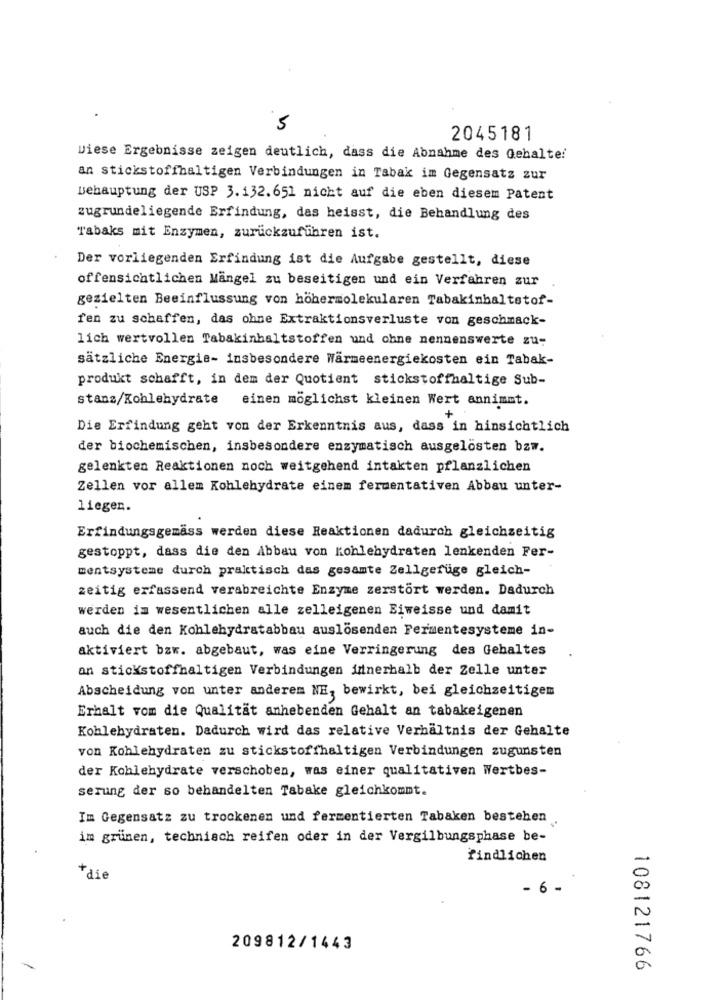
5
2045181
wiese Ergebnisse zeigen deutlich, dass die Abnahme des Gehalte!
an stickstoffhaltigen Verbindungen in Tabak im Gegensatz zur
Behauptung der USP 3.132.651 nicht auf die eben diesem Patent
zugrundeliegende Erfindung, das heisst, die Behandlung des
Tabaks mit Enzymen, zurückzuführen ist.
Der vorliegenden Erfindung ist die Aufgabe gestellt, diese
offensichtlichen Mängel zu beseitigen und ein Verfahren zur
gezielten Beeinflussung von höhermolekularen Tabakinhaltstof-
fen zu schaffen, das ohne Extraktionsverluste von geschmack-
lich wertvollen Tabakinhaltstoffen und ohne nennenswerte zu-
sätzliche Energie- insbesondere Wärmeenergiekosten ein Tabak-
produkt schafft, in dem der Quotient stickstoffhaltige Sub-
stans/Kohlehydrate einen möglichst kleinen Wert annimmt.
Die Erfindung geht von der Erkenntnis aus, dass in hinsichtlich
der biochemischen, insbesondere enzymatisch ausgelösten bzw.
gelenkten Reaktionen noch weitgehend intakten pflanzlichen
Zellen vor allem Kohlehydrate einem fermentativen Abbau unter-
liegen.
Erfindungsgemäss werden diese Reaktionen dadurch gleichzeitig
gestoppt, dass die den Abbau von Kohlehydraten lenkenden Fer-
mentsysteme durch praktisch das gesamte Zellgefüge gleich-
zeitig erfassend verabreichte Enzyme zerstört werden. Dadurch
werden im wesentlichen alle zelleigenen Biweisse und damit
auch die den Kohlehydratabbau auslösenden Fermentesysteme in-
aktiviert bzw. abgebaut, was eine Verringerung des Gehaltes
an stickstoffhaltigen Verbindungen innerhalb der Zelle unter
Abscheidung von unter anderem NE, bewirkt, bei gleichzeitigem
Erhalt vom die Qualität anhebenden Gehalt an tabakeigenen
Kohlehydraten. Dadurch wird das relative Verhältnis der Gehalte
von Kohlehydraten zu stickstoffhaltigen Verbindungen zugunsten
der Kohlehydrate verschoben, was einer qualitativen Wertbes-
serung der so behandelten Tabake gleichkommt.
Im Gegensatz zu trockenen und fermentierten Tabaken bestehen
im grünen, technisch reifen oder in der Vergilbungsphase be-
findlichen
*die
- 6 -
209812/1443
108121766